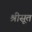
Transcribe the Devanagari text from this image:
श्रीसूत